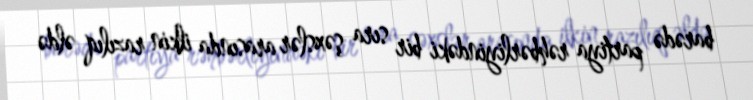
barədə partiya rəhbərliyindəki bir sıra şəxslər arasında ilkin razılıq əldə